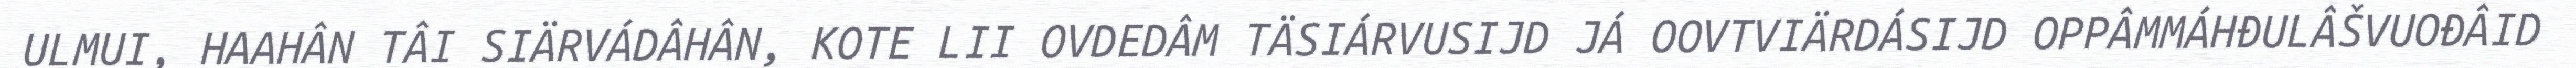
ULMUI, HAAHÂN TÂI SIÄRVÁDÂHÂN, KOTE LII OVDEDÂM TÄSIÁRVUSIJD JÁ OOVTVIÄRDÁSIJD OPPÂMMÁHĐULÂŠVUOĐÂID